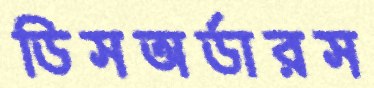
ডিসঅর্ডারস